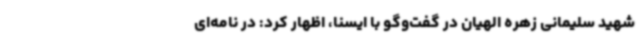
شهید سلیمانی زهره الهیان در گفت‌وگو با ایسنا، اظهار کرد: در نامه‌ای